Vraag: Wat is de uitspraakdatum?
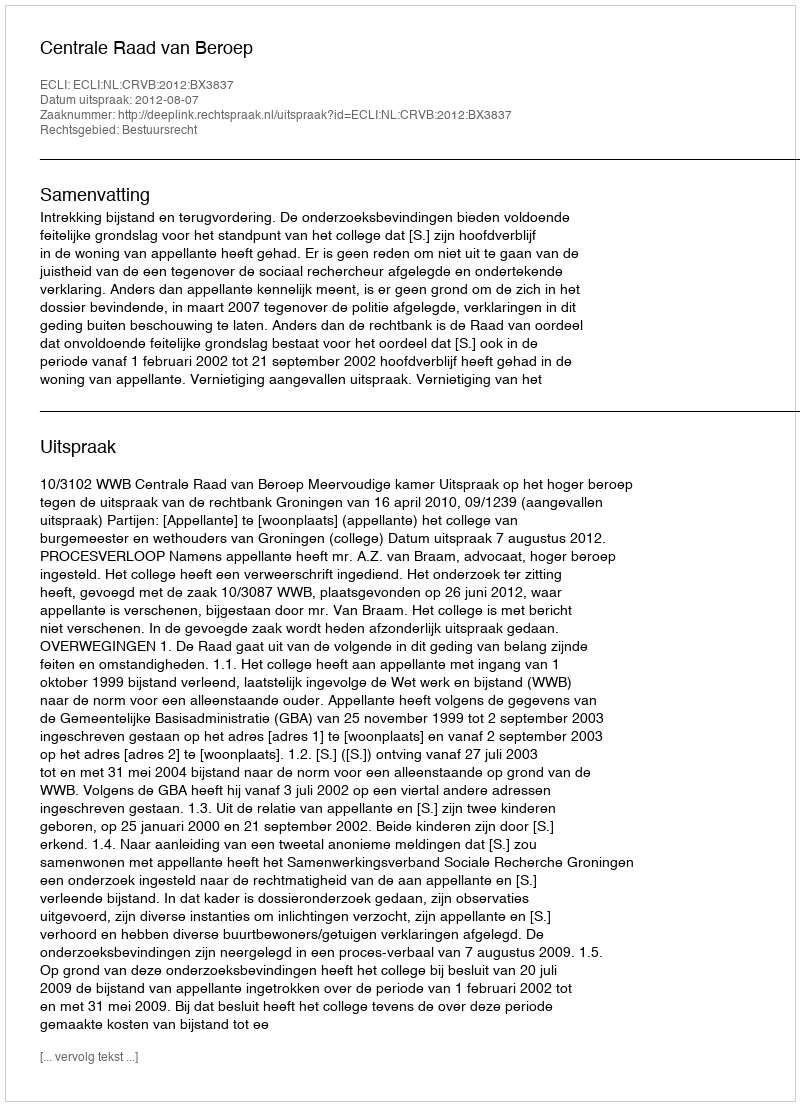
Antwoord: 2012-08-07